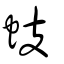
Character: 蚑